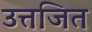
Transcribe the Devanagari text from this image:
उत्तजित